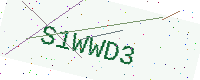
Text: S1WWD3